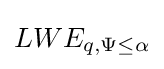
LWE_{q,\Psi \leq \alpha }